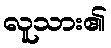
လူသား၏